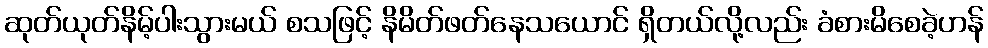
ဆုတ်ယုတ်နိမ့်ပါးသွားမယ် စသဖြင့် နိမိတ်ဖတ်နေသယောင် ရှိတယ်လို့လည်း ခံစားမိစေခဲ့ဟန်